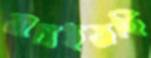
নাচাইয়াছি